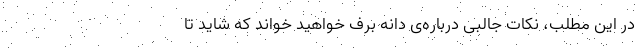
در این مطلب، نکات جالبی درباره‌ی دانه برف خواهید خواند که شاید تا